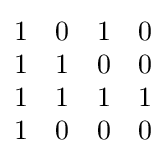
{\begin{matrix}1&0&1&0\\1&1&0&0\\1&1&1&1\\1&0&0&0\end{matrix}}